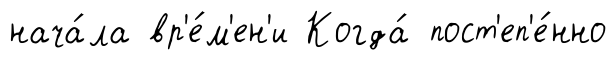
нача́ла вр'е́м'ен'и Когда́ пост'еп'е́нно